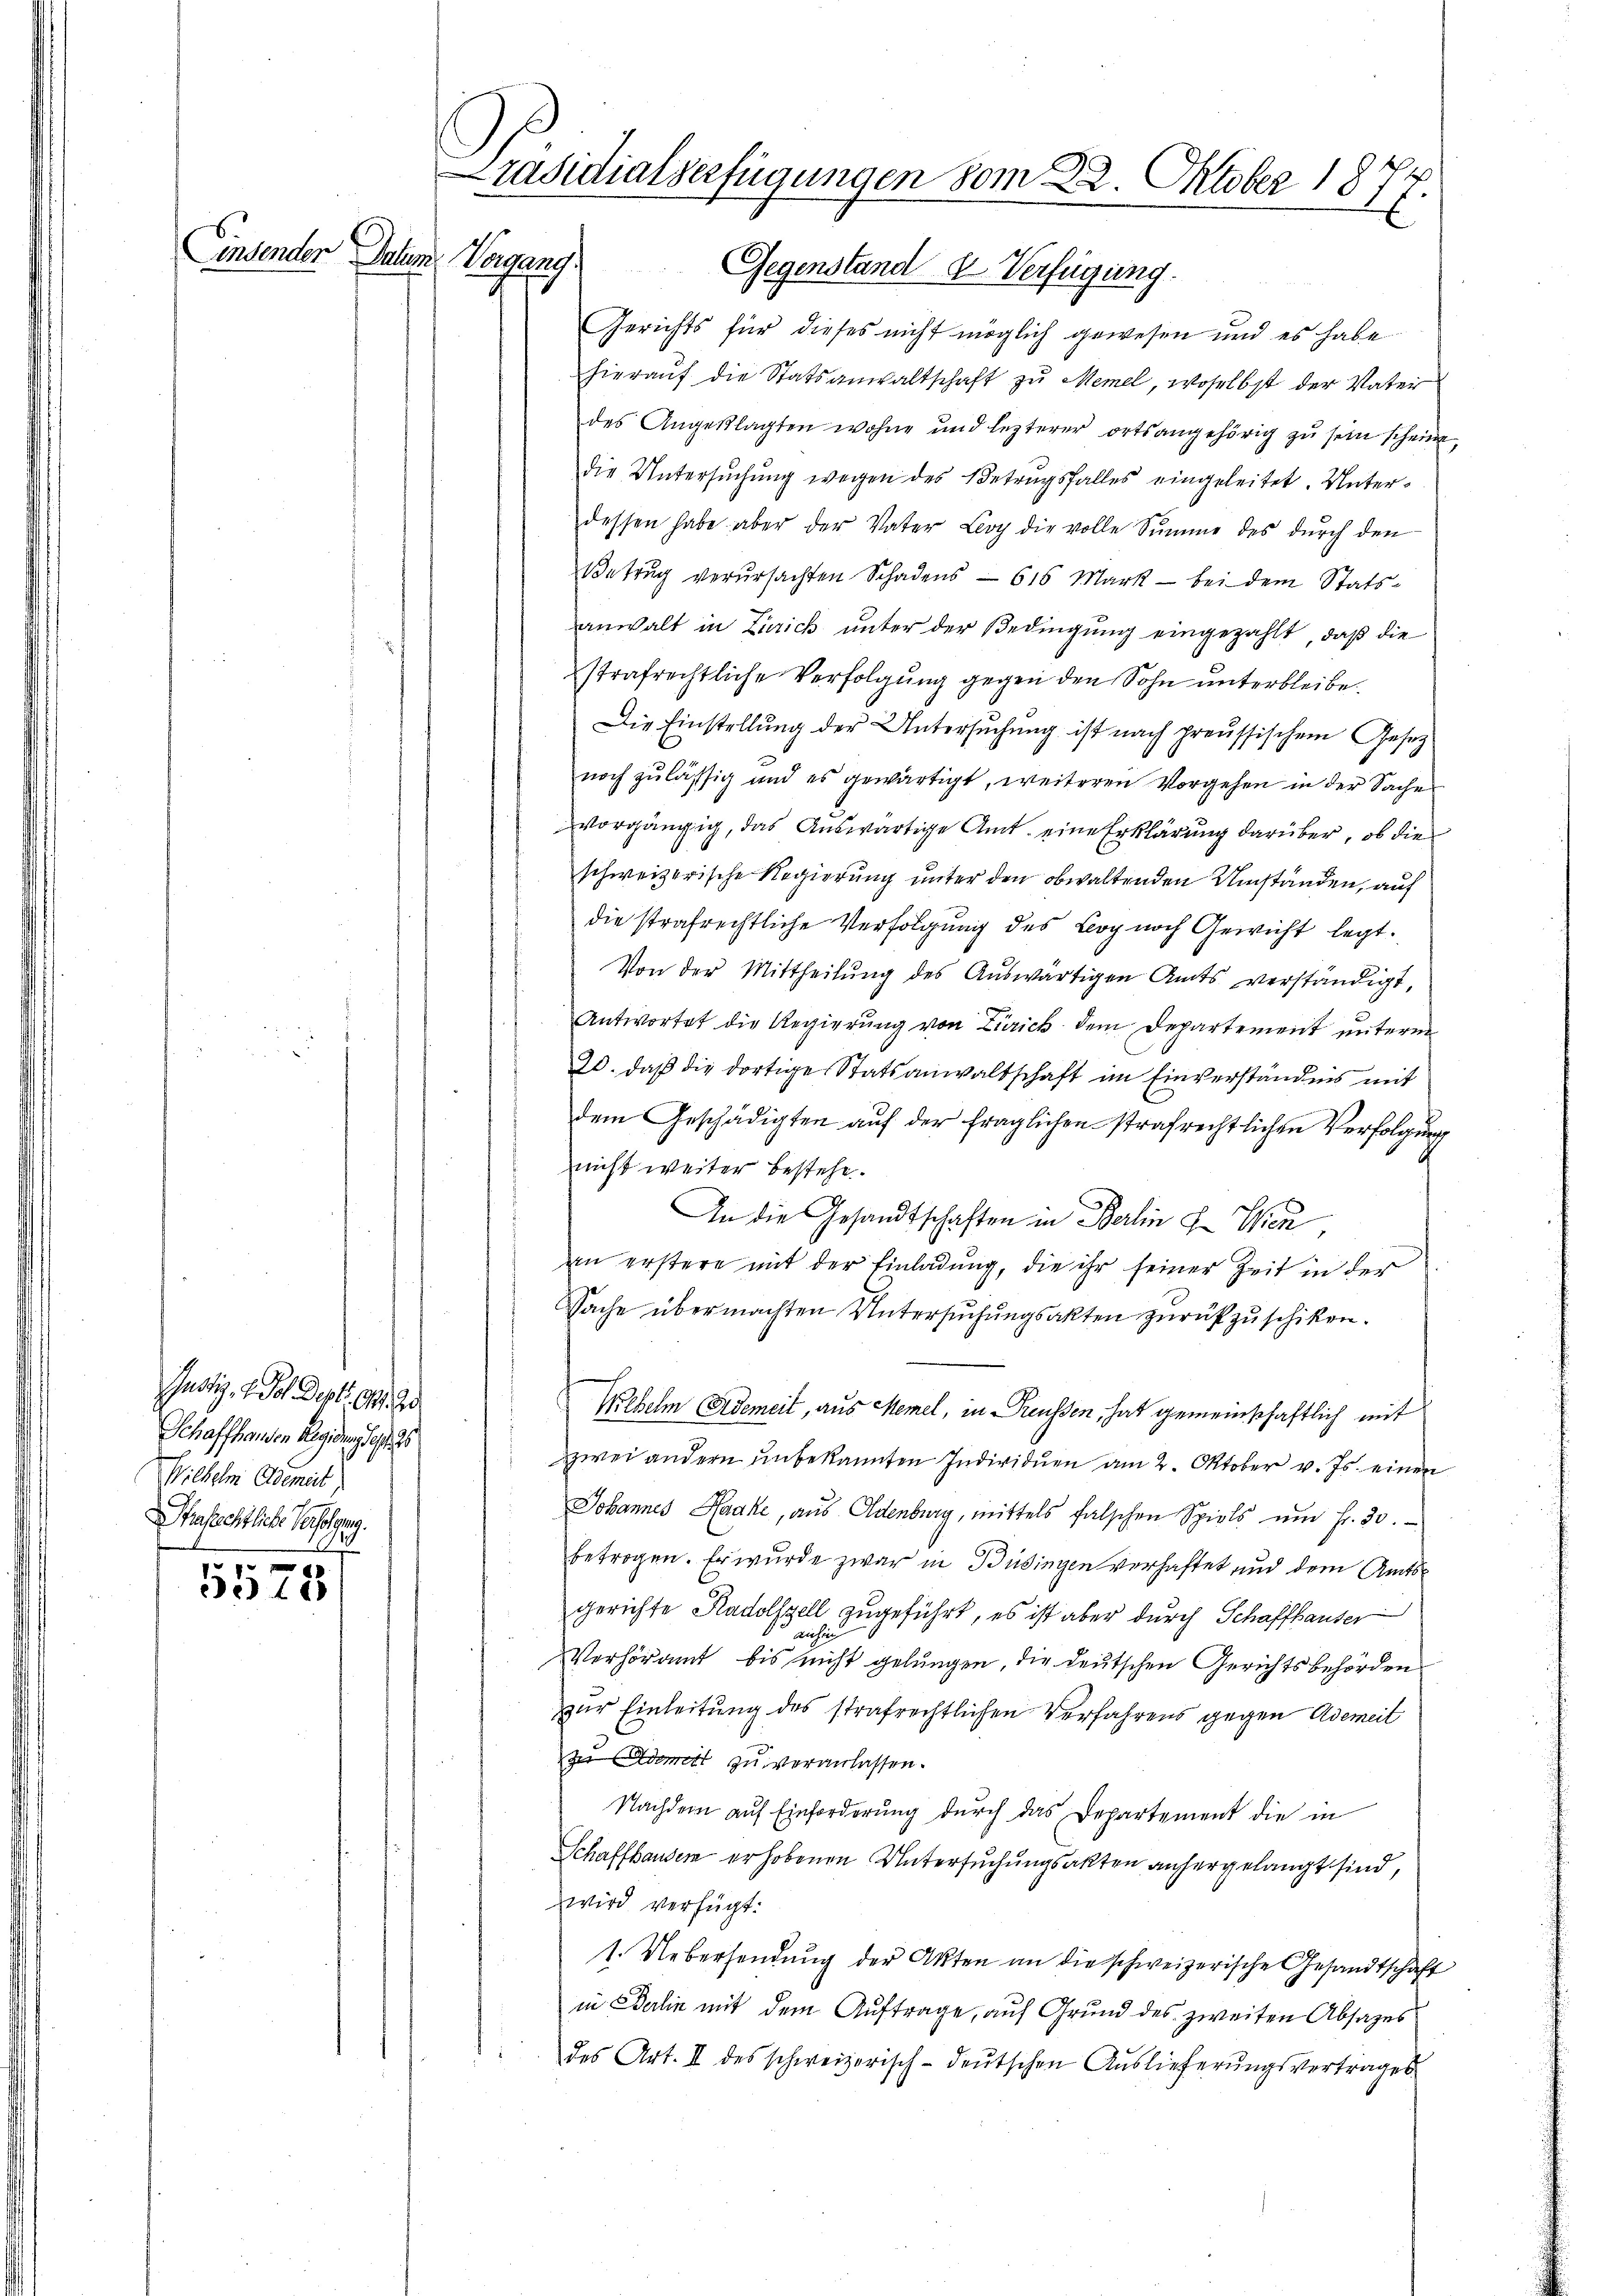
Justiz, 1. Joh. Dept. 94. 9.
Schaffhausen Regidung des s
Wilhelm Ademit
Dhafechtliche Verfolgung.
10

5578.

Präsidialverfügungen vom 22. Oktober 187
x
insender Datum Vergang. Gegenstand & Verfügung.

Gerichts für dieses nicht möglich gewesen und es habe
hierauf die Statsanwaltschaft zu Memel, woselbst der Vater
des Angeklagten wohne und lezterer orts angehörig zŭ sein scheine,
die Untersuchung wegen des Betrugsfalles eingeleitet. Unterdessen habe aber der Vater Leoy die volle Summe des dŭrch den
Betrug verŭrsachten Schadens - 615 Mark - bei dem Stats-
anwalt in Zürich unter der Bedingung eingezahlt, daß die
strafrechtliche Verfolgung gegen den Sohn unterbleibe.
Die Einstellung der Untersuchung ist nach preussischem Gesetz
noch zulässig und es gewärtigt, weiteren Vorgehen in der Sache
vorgängig, das Auswärtige Amt eine Erklärung darüber, ob die
schweizerische Regierung unter den obwaltenden Umständen, auf
die strafrechtliche Verfolgung des Boy noch Gewicht legt.
Von der Mittheilŭng des Auswärtigen Amts verständigt,
Antwortet die Regierŭng von Zürich dem Departement ŭnterm
20. daß die dortige Statsanwaltschaft im Einverständnis mit
dem Geschädigten auf der fraglichen strafrechtlichen Verfolgung
nicht weiter bestehe.
An die Gesandtschaften in Berlin u. Wien,
an erstere mit der Einladung, die ihr seiner Zeit in der
Sache übermachten Untersuchungsakten zurückzuschiken.
Wehelm Aidemeit, aus Memel, in Preussen, hat gemeinschaftlich mit
s
zwei andern unbekannten Individuen am 2. Oktober v. Js. einen
Johannes Haake, aus Adenburg, mittels falschen Spiels ŭm Fr. 30.
betragen. Er wurde zwar in Büsingen verhaftet und dem Amtsgerichte Radolszell zugeführt, es ist aber durch Schaffhauser
Verhöramt bis nicht gelungen, die deutschen Gerichtsbehörden
zur Einleitung des strafrechtlichen Verfahrens gegen Ademeit
zu damit zu veranlassen.
Nachdem auf Einforderung durch das Departement die in
Schaffhauser erhobenen Untersuchungsakten anhergelangt sind,
wird verfügt:
1. Uebersendung der Akten an die schweizerische Gesandtschaft
in Berlin mit dem Auftrage, auf Grund des zweiten Absatzes
des Art. II des schweizerisch-deŭtschen Aŭslieferŭngsvertrages